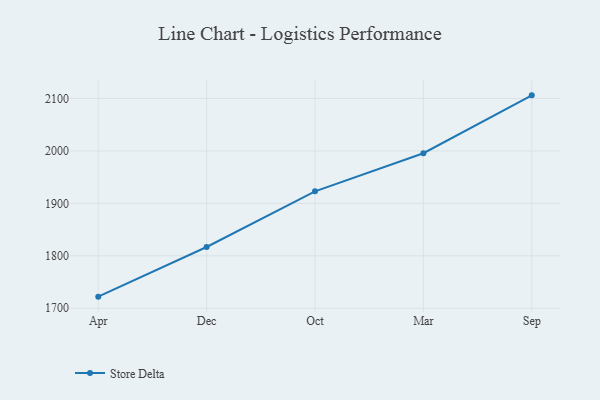
{"axis": {"x": "Month", "y": "Revenue (USD Million)"}, "legend": ["Store Delta"], "data": [{"x": "Apr", "y": 1722.1, "type": "Store Delta"}, {"x": "Dec", "y": 1816.8, "type": "Store Delta"}, {"x": "Oct", "y": 1923.0, "type": "Store Delta"}, {"x": "Mar", "y": 1995.7, "type": "Store Delta"}, {"x": "Sep", "y": 2106.1, "type": "Store Delta"}]}